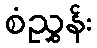
စံညွှန်း